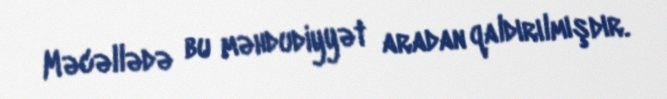
Məcəllədə bu məhdudiyyət aradan qaldırılmışdır.